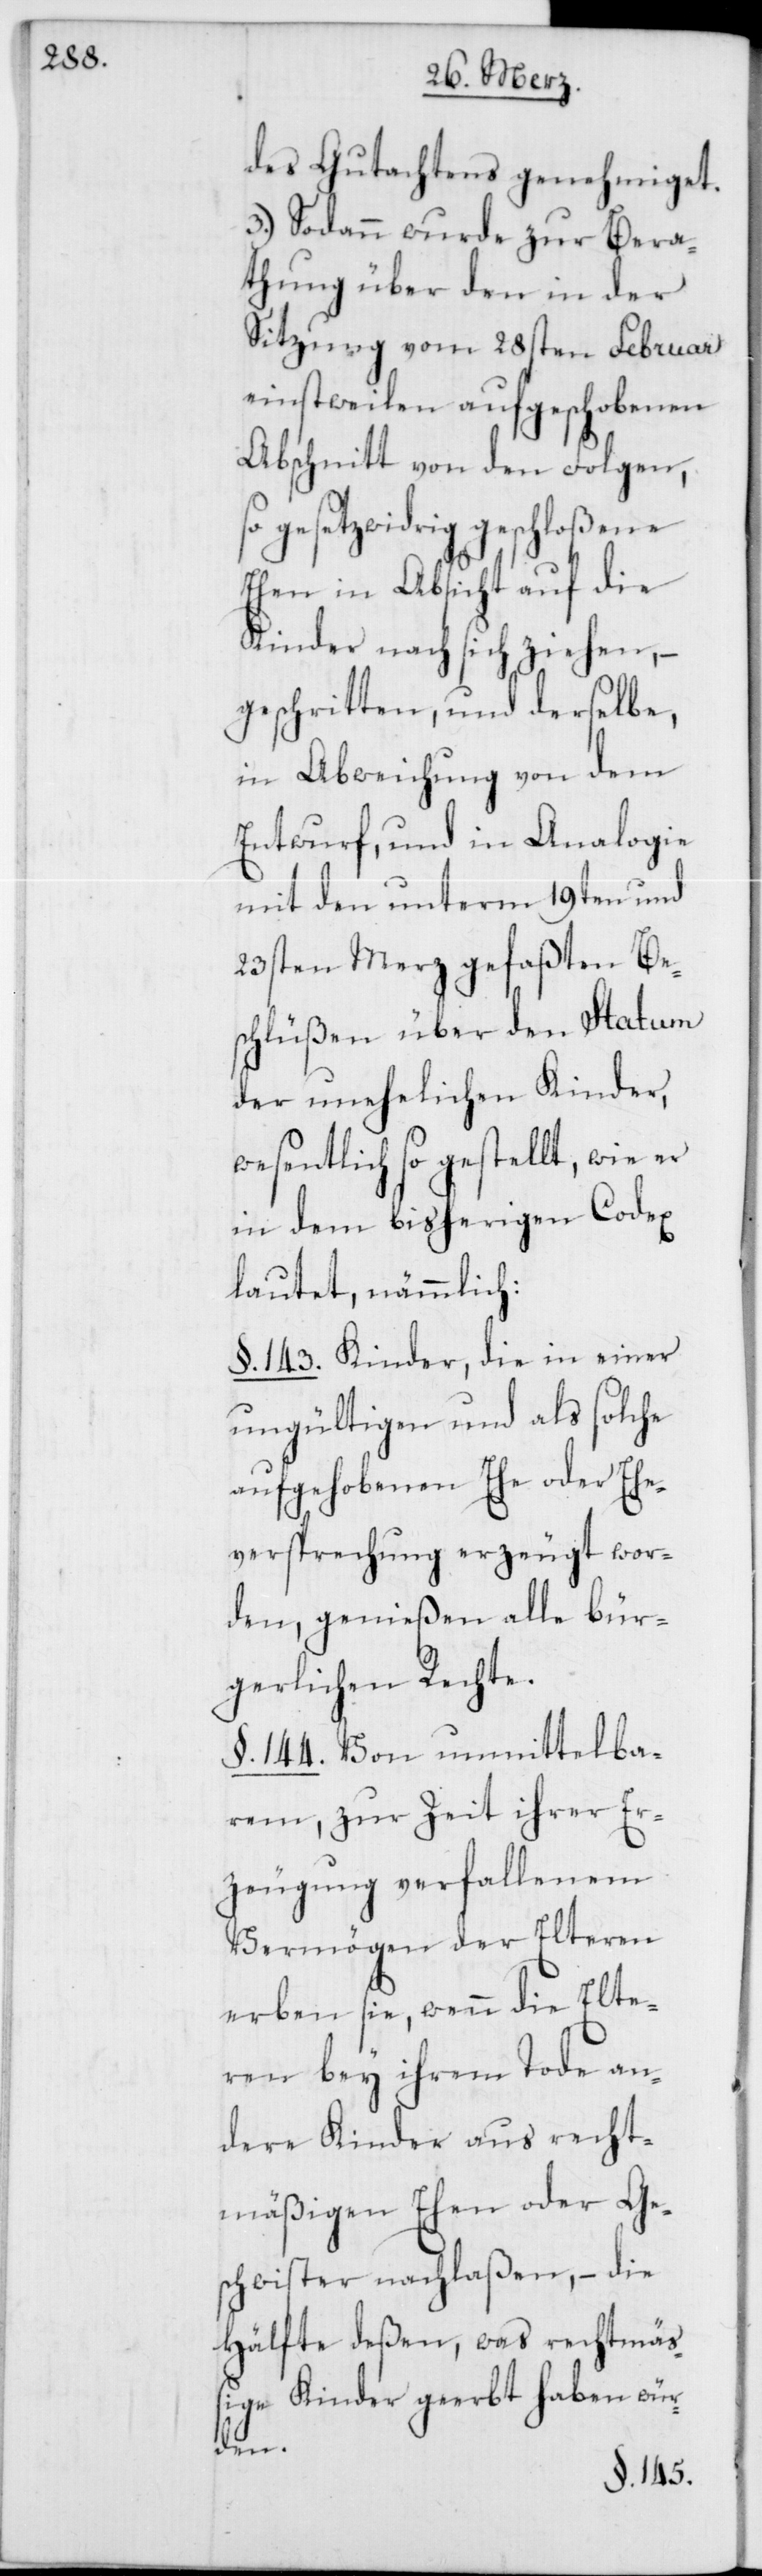
des Gutachtens genehmiget.
3.) Sodann wurde zur Bera¬
thung über den in der
Sitzung vom 28sten Februar
einstweilen aufgeschobenen
Abschnitt von den Folgen,
gesetzwidrig geschloßene
Ehen in Absicht auf die
Kinder nach sich ziehen, –
geschritten, und derselbe,
in Abweichung von dem
Entwurf, und in Analogie
mit den unterm 19ten und
23sten Merz gefaßten Be¬
schlüßen über den Statum
der unehelichen Kinder,
wesentlich so gestellt, wie er
in dem bisherigen Codex
lautet, nämmlich:
§. 143. Kinder, die in einer
ungültigen und als solche
aufgehobenen Ehe oder Ehe¬
versprechung erzeugt wor¬
den, genießen alle bür¬
gerlichen Rechte.
§. 144. Von unmittelba¬
rem, zur Zeit ihrer Er¬
zeugung verfallenem
Vermögen der Elteren
erben sie, wenn die Elte¬
ren bey ihrem Tode an¬
dere Kinder aus recht¬
mäßigen Ehen oder Ge¬
schwister nachlaßen, – die
Hälfte deßen, was rechtmäß¬
ige Kinder geerbt haben wür¬
den.